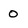
Character: 0